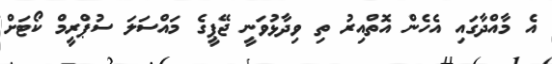
އެ މާއްދާގައި އެހެން އޮތްއިރު ތި ވިދާޅުވަނީ ޖޭޕީގެ މައްސަލަ ސުޕްރީމް ކޯޓަށް